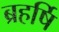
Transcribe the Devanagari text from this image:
ब्रहर्षि